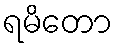
ရမိတော